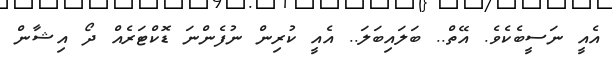
އެއީ ނަސީބެކެވެ. އޭތް.. ބަލައިބަލަ.. އެއީ ކުރިން ނުފެންނަ ޑޮކްޓަރެއް ދޯ އިޝާން